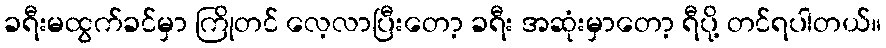
ခရီးမထွက်ခင်မှာ ကြိုတင် လေ့လာပြီးတော့ ခရီး အဆုံးမှာတော့ ရီပို့ တင်ရပါတယ်။